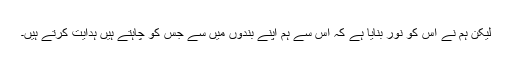
لیکن ہم نے اس کو نور بنایا ہے کہ اس سے ہم اپنے بندوں میں سے جس کو چاہتے ہیں ہدایت کرتے ہیں۔